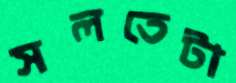
সলতেটা